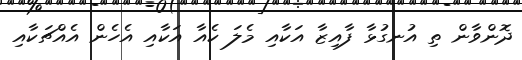
ދޮންވާން ތި އުނގުޅާ ފާއިޒާ އަކާއި މެލަ ކެއާ އަކާއި އެހެން އެއްޗަކާއި